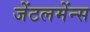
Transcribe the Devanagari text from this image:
जेंटलमेंन्स